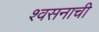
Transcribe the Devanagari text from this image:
श्वसनाची